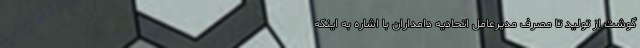
گوشت از تولید تا مصرف مدیرعامل اتحادیه دامداران با اشاره به اینکه